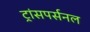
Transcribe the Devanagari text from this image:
ट्रांसपर्सनल